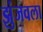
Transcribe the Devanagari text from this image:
झुंजवला